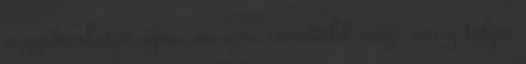
a gyakorlatot újra, és újra ismételd meg, amíg teljes